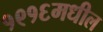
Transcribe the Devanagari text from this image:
१९१६मधील